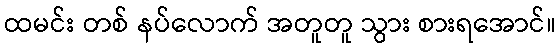
ထမင်း တစ် နပ်လောက် အတူတူ သွား စားရအောင်။